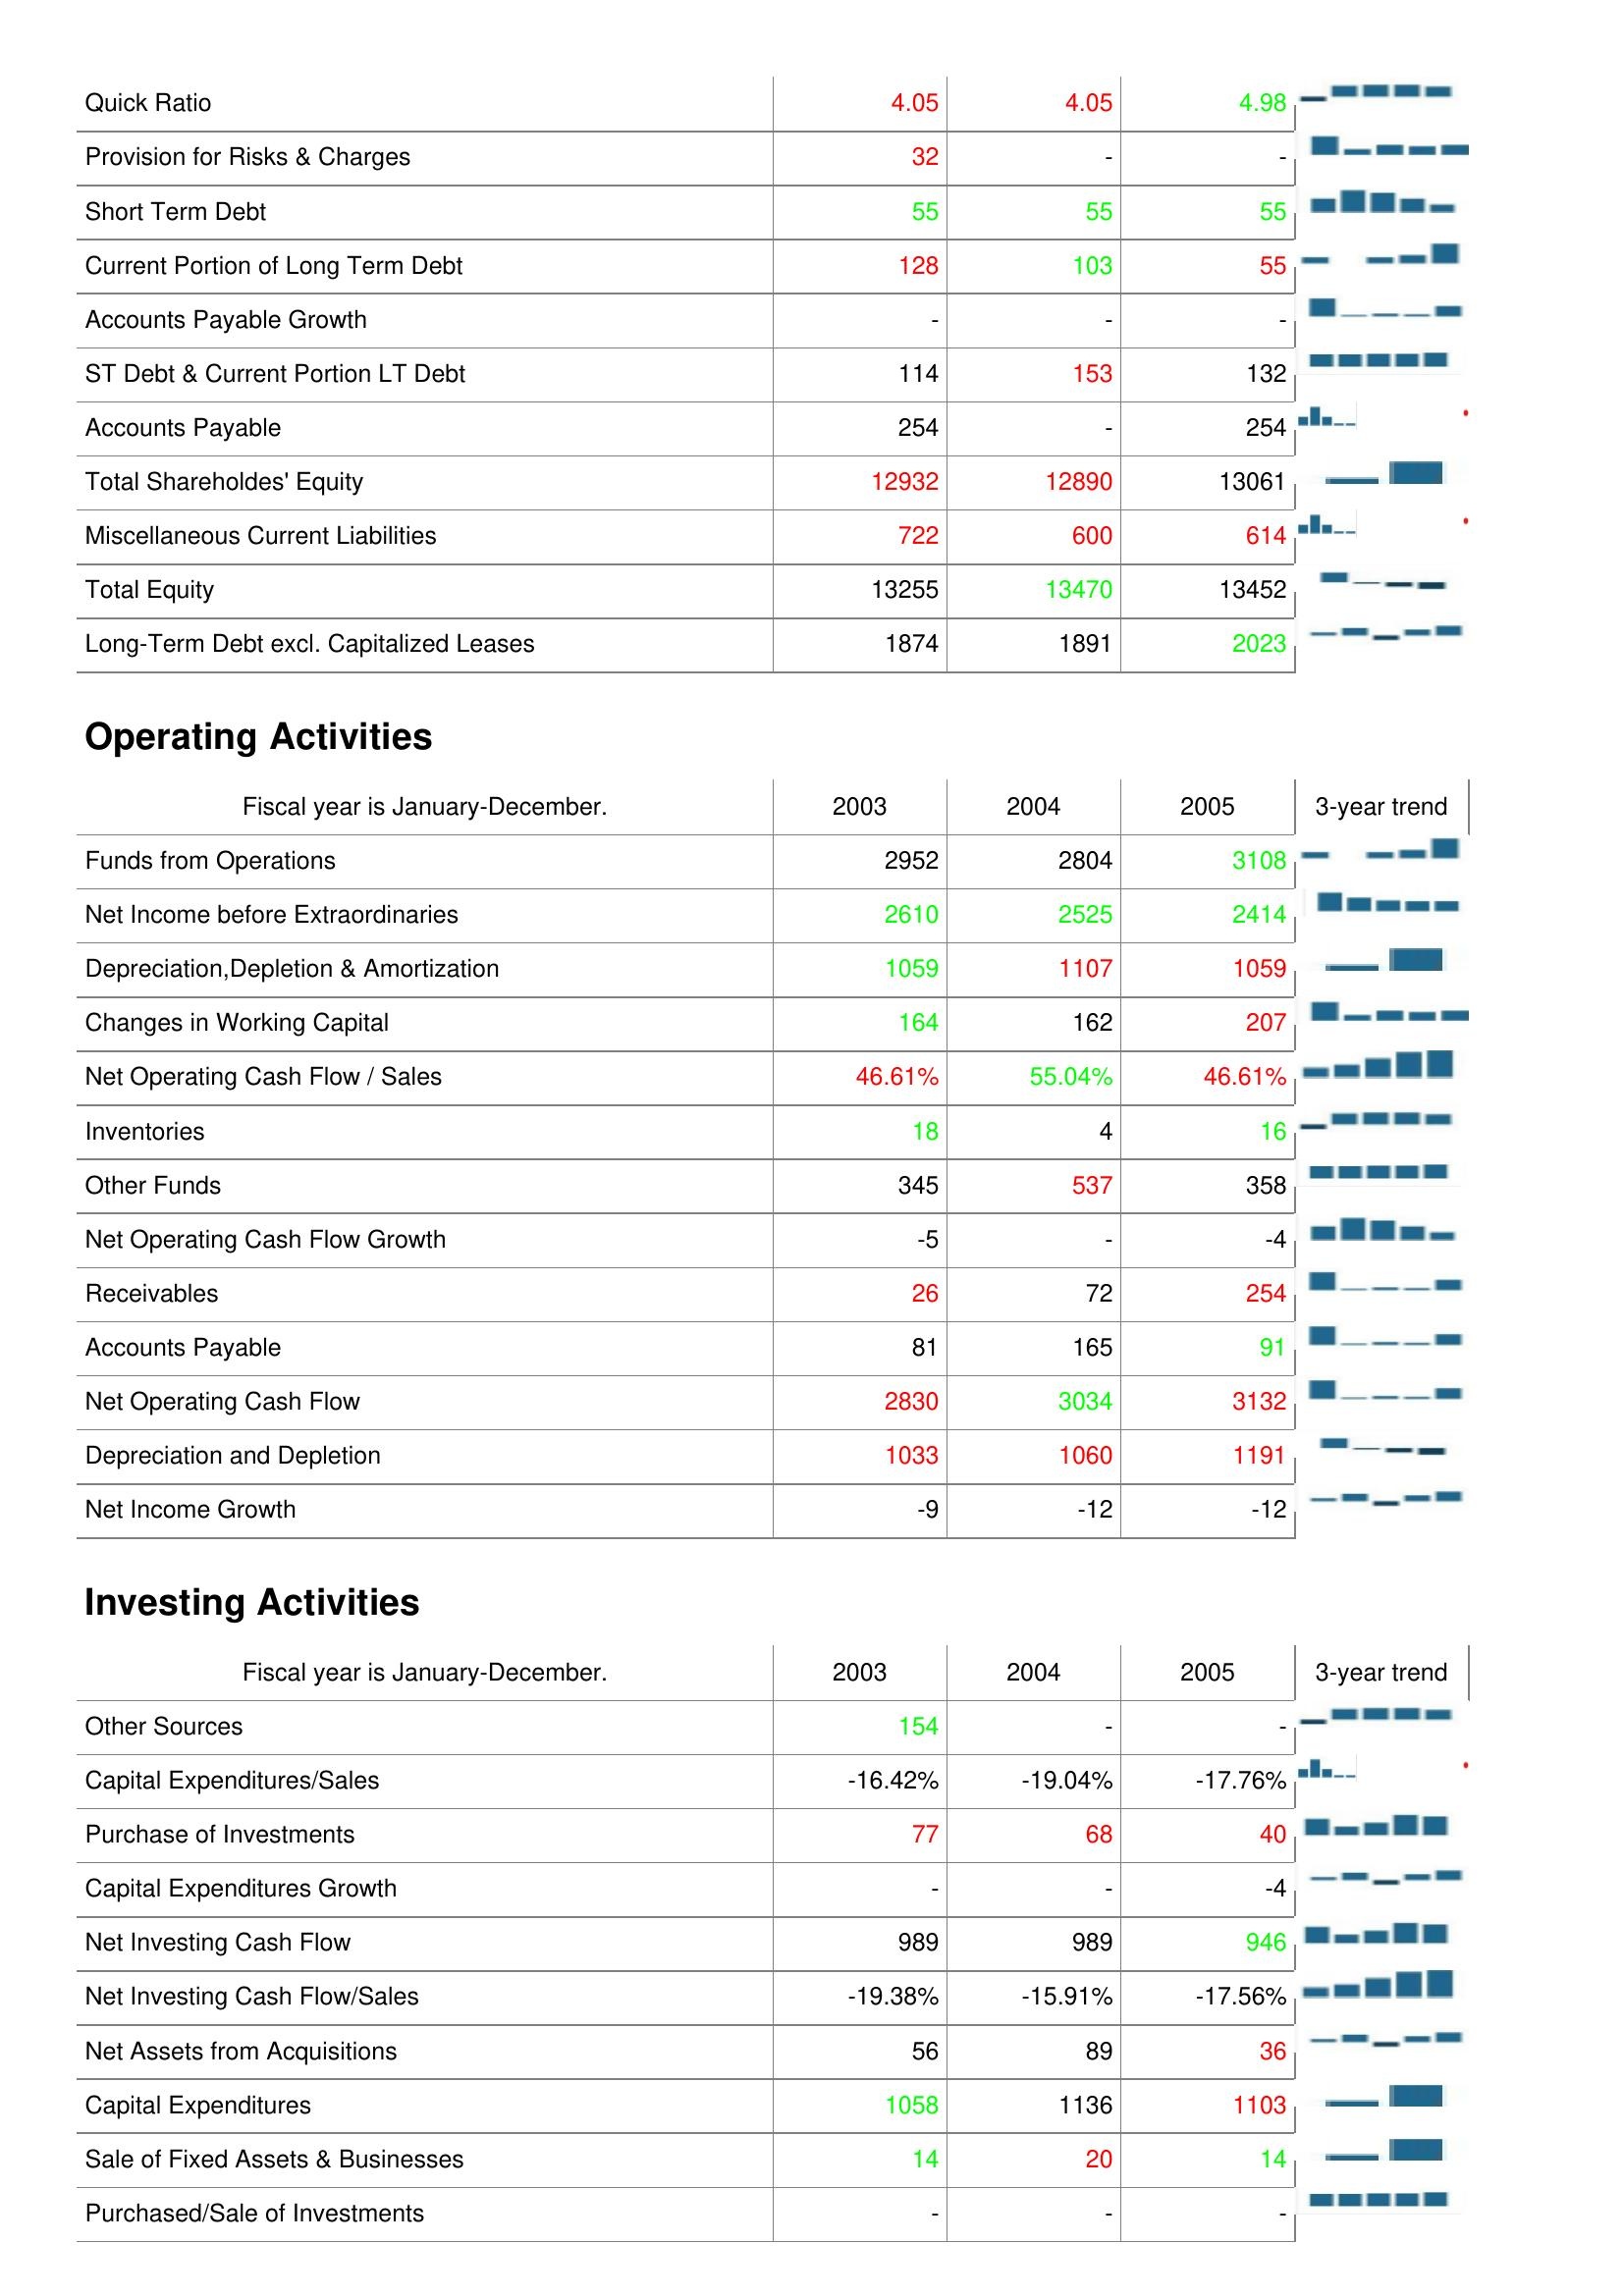
2003: Liabilities & Shareholder's Equity: Quick Ratio: 4.05
Provision for Risks & Charges: 32
Short Term Debt: 55
Current Portion of Long Term Debt: 128
Accounts Payable Growth: -
ST Debt & Current Portion LT Debt: 114
Accounts Payable: 254
Total Shareholdes' Equity: 12932
Miscellaneous Current Liabilities: 722
Total Equity: 13255
Long-Term Debt excl. Capitalized Leases: 1874
Operating Activities: Funds from Operations: 2952
Net Income before Extraordinaries: 2610
Depreciation,Depletion & Amortization: 1059
Changes in Working Capital: 164
Net Operating Cash Flow / Sales: 46.61%
Inventories: 18
Other Funds: 345
Net Operating Cash Flow Growth: -5
Receivables: 26
Accounts Payable: 81
Net Operating Cash Flow: 2830
Depreciation and Depletion: 1033
Net Income Growth: -9
Investing Activities: Other Sources: 154
Capital Expenditures/Sales: -16.42%
Purchase of Investments: 77
Capital Expenditures Growth: -
Net Investing Cash Flow: 989
Net Investing Cash Flow/Sales: -19.38%
Net Assets from Acquisitions: 56
Capital Expenditures: 1058
Sale of Fixed Assets & Businesses: 14
Purchased/Sale of Investments: -
2004: Liabilities & Shareholder's Equity: Quick Ratio: 4.05
Provision for Risks & Charges: -
Short Term Debt: 55
Current Portion of Long Term Debt: 103
Accounts Payable Growth: -
ST Debt & Current Portion LT Debt: 153
Accounts Payable: -
Total Shareholdes' Equity: 12890
Miscellaneous Current Liabilities: 600
Total Equity: 13470
Long-Term Debt excl. Capitalized Leases: 1891
Operating Activities: Funds from Operations: 2804
Net Income before Extraordinaries: 2525
Depreciation,Depletion & Amortization: 1107
Changes in Working Capital: 162
Net Operating Cash Flow / Sales: 55.04%
Inventories: 4
Other Funds: 537
Net Operating Cash Flow Growth: -
Receivables: 72
Accounts Payable: 165
Net Operating Cash Flow: 3034
Depreciation and Depletion: 1060
Net Income Growth: -12
Investing Activities: Other Sources: -
Capital Expenditures/Sales: -19.04%
Purchase of Investments: 68
Capital Expenditures Growth: -
Net Investing Cash Flow: 989
Net Investing Cash Flow/Sales: -15.91%
Net Assets from Acquisitions: 89
Capital Expenditures: 1136
Sale of Fixed Assets & Businesses: 20
Purchased/Sale of Investments: -
2005: Liabilities & Shareholder's Equity: Quick Ratio: 4.98
Provision for Risks & Charges: -
Short Term Debt: 55
Current Portion of Long Term Debt: 55
Accounts Payable Growth: -
ST Debt & Current Portion LT Debt: 132
Accounts Payable: 254
Total Shareholdes' Equity: 13061
Miscellaneous Current Liabilities: 614
Total Equity: 13452
Long-Term Debt excl. Capitalized Leases: 2023
Operating Activities: Funds from Operations: 3108
Net Income before Extraordinaries: 2414
Depreciation,Depletion & Amortization: 1059
Changes in Working Capital: 207
Net Operating Cash Flow / Sales: 46.61%
Inventories: 16
Other Funds: 358
Net Operating Cash Flow Growth: -4
Receivables: 254
Accounts Payable: 91
Net Operating Cash Flow: 3132
Depreciation and Depletion: 1191
Net Income Growth: -12
Investing Activities: Other Sources: -
Capital Expenditures/Sales: -17.76%
Purchase of Investments: 40
Capital Expenditures Growth: -4
Net Investing Cash Flow: 946
Net Investing Cash Flow/Sales: -17.56%
Net Assets from Acquisitions: 36
Capital Expenditures: 1103
Sale of Fixed Assets & Businesses: 14
Purchased/Sale of Investments: -